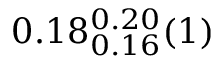
0 . 1 8 _ { 0 . 1 6 } ^ { 0 . 2 0 } ( 1 )